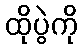
ထိုပွဲကို